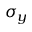
\sigma _ { y }